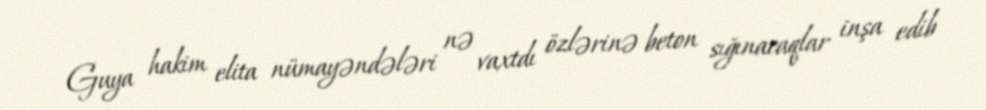
Guya hakim elita nümayəndələri nə vaxtdı özlərinə beton sığınacaqlar inşa edib